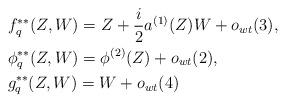
LaTeX: \begin{align*}&f^{**}_q(Z,W)=Z+ \frac{i}{2}a^{(1)}(Z)W+o_{wt}(3),\\&\phi^{**}_q(Z,W)=\phi^{(2)}(Z)+o_{wt}(2),\\&g^{**}_q(Z,W)=W+ o_{wt}(4)\end{align*}